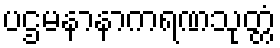
ပဌမနာနာကရဏသုတ္တံ